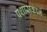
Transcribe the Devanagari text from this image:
प्रशासकाने